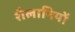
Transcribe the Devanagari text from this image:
शैलानियों